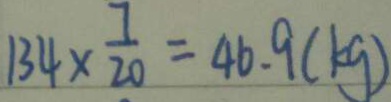
1 3 4 \times \frac { 7 } { 2 0 } = 4 6 . 9 ( k g )